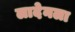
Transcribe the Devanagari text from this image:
लादेनला